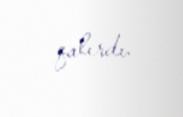
qalırdı.